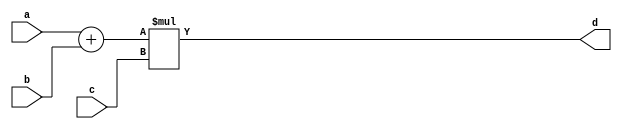
`timescale 1ns / 1ps
//////////////////////////////////////////////////////////////////////////////////
// Company: 
// Engineer: 
// 
// Design Name: 
// Module Name: design_1_muladd
// Project Name: 
// Target Devices: 
// Tool Versions: 
// Description: 
// 
// Dependencies: 
// 
// Revision:
// Revision 0.01 - File Created
// Additional Comments:
// 
//////////////////////////////////////////////////////////////////////////////////


module design_1_muladd#(parameter DataWidth = 32)(
    input [DataWidth-1:0] a,
    input [DataWidth-1:0] b,
    input [DataWidth-1:0] c,
    output reg [(2*DataWidth):0] d
    );
    
    always @(*)
    begin
          d = ( a + b ) * c ;
    end
endmodule